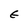
Character: E